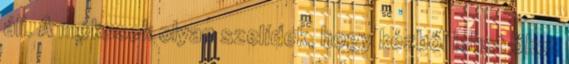
áll. A mókusok olyan szelídek, hogy kézből lehet őket